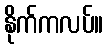
နိုက်ကလပ်။